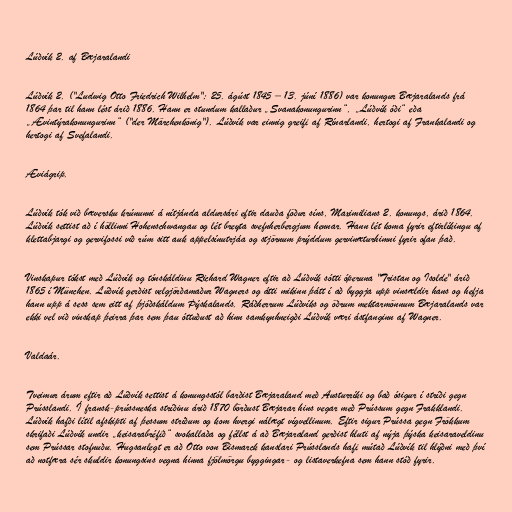
Lúðvík 2. af Bæjaralandi

Lúðvík 2. ("Ludwig Otto Friedrich Wilhelm"; 25. ágúst 1845 – 13. júní 1886) var konungur Bæjaralands frá
1864 þar til hann lést árið 1886. Hann er stundum kallaður „Svanakonungurinn“, „Lúðvík óði“ eða
„Ævintýrakonungurinn“ ("der Märchenkönig"). Lúðvík var einnig greifi af Rínarlandi, hertogi af Frankalandi og
hertogi af Svefalandi.

Æviágrip.

Lúðvík tók við bæversku krúnunni á nítjánda aldursári eftir dauða föður síns, Maximilians 2. konungs, árið 1864.
Lúðvík settist að í höllinni Hohenschwangau og lét breyta svefnherbergjum hennar. Hann lét koma fyrir eftirlíkingu af
klettabjargi og gervifossi við rúm sitt auk appelsínutrjáa og stjörnum prýddum gervinæturhimni fyrir ofan það.

Vinskapur tókst með Lúðvík og tónskáldinu Richard Wagner eftir að Lúðvík sótti óperuna "Tristan og Isolde" árið
1865 í München. Lúðvík gerðist velgjörðamaður Wagners og átti mikinn þátt í að byggja upp vinsældir hans og hefja
hann upp á sess sem eitt af þjóðskáldum Þýskalands. Ráðherrum Lúðvíks og öðrum mektarmönnum Bæjaralands var
ekki vel við vinskap þeirra þar sem þau óttuðust að hinn samkynhneigði Lúðvík væri ástfanginn af Wagner.

Valdaár.

Tveimur árum eftir að Lúðvík settist á konungsstól barðist Bæjaraland með Austurríki og bað ósigur í stríði gegn
Prússlandi. Í fransk-prússneska stríðinu árið 1870 börðust Bæjarar hins vegar með Prússum gegn Frakklandi.
Lúðvík hafði lítil afskipti af þessum stríðum og kom hvergi nálægt vígvellinum. Eftir sigur Prússa gegn Frökkum
skrifaði Lúðvík undir „keisarabréfið“ svokallaða og féllst á að Bæjaraland gerðist hluti af nýja þýska keisaraveldinu
sem Prússar stofnuðu. Hugsanlegt er að Otto von Bismarck kanslari Prússlands hafi mútað Lúðvík til hlýðni með því
að notfæra sér skuldir konungsins vegna hinna fjölmörgu byggingar- og listaverkefna sem hann stóð fyrir.